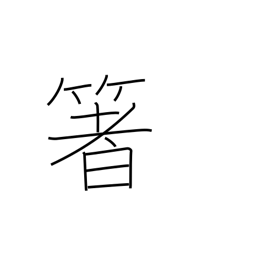
Meaning: chopsticks